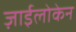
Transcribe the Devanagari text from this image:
ज़ाईलोकेन